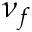
\nu _ { f }